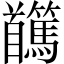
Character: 𩠸